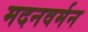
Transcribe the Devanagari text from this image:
मदनवर्मन